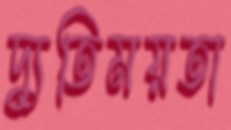
দ্যুতিময়তা